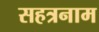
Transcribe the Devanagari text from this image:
सहत्रनाम